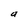
Character: a